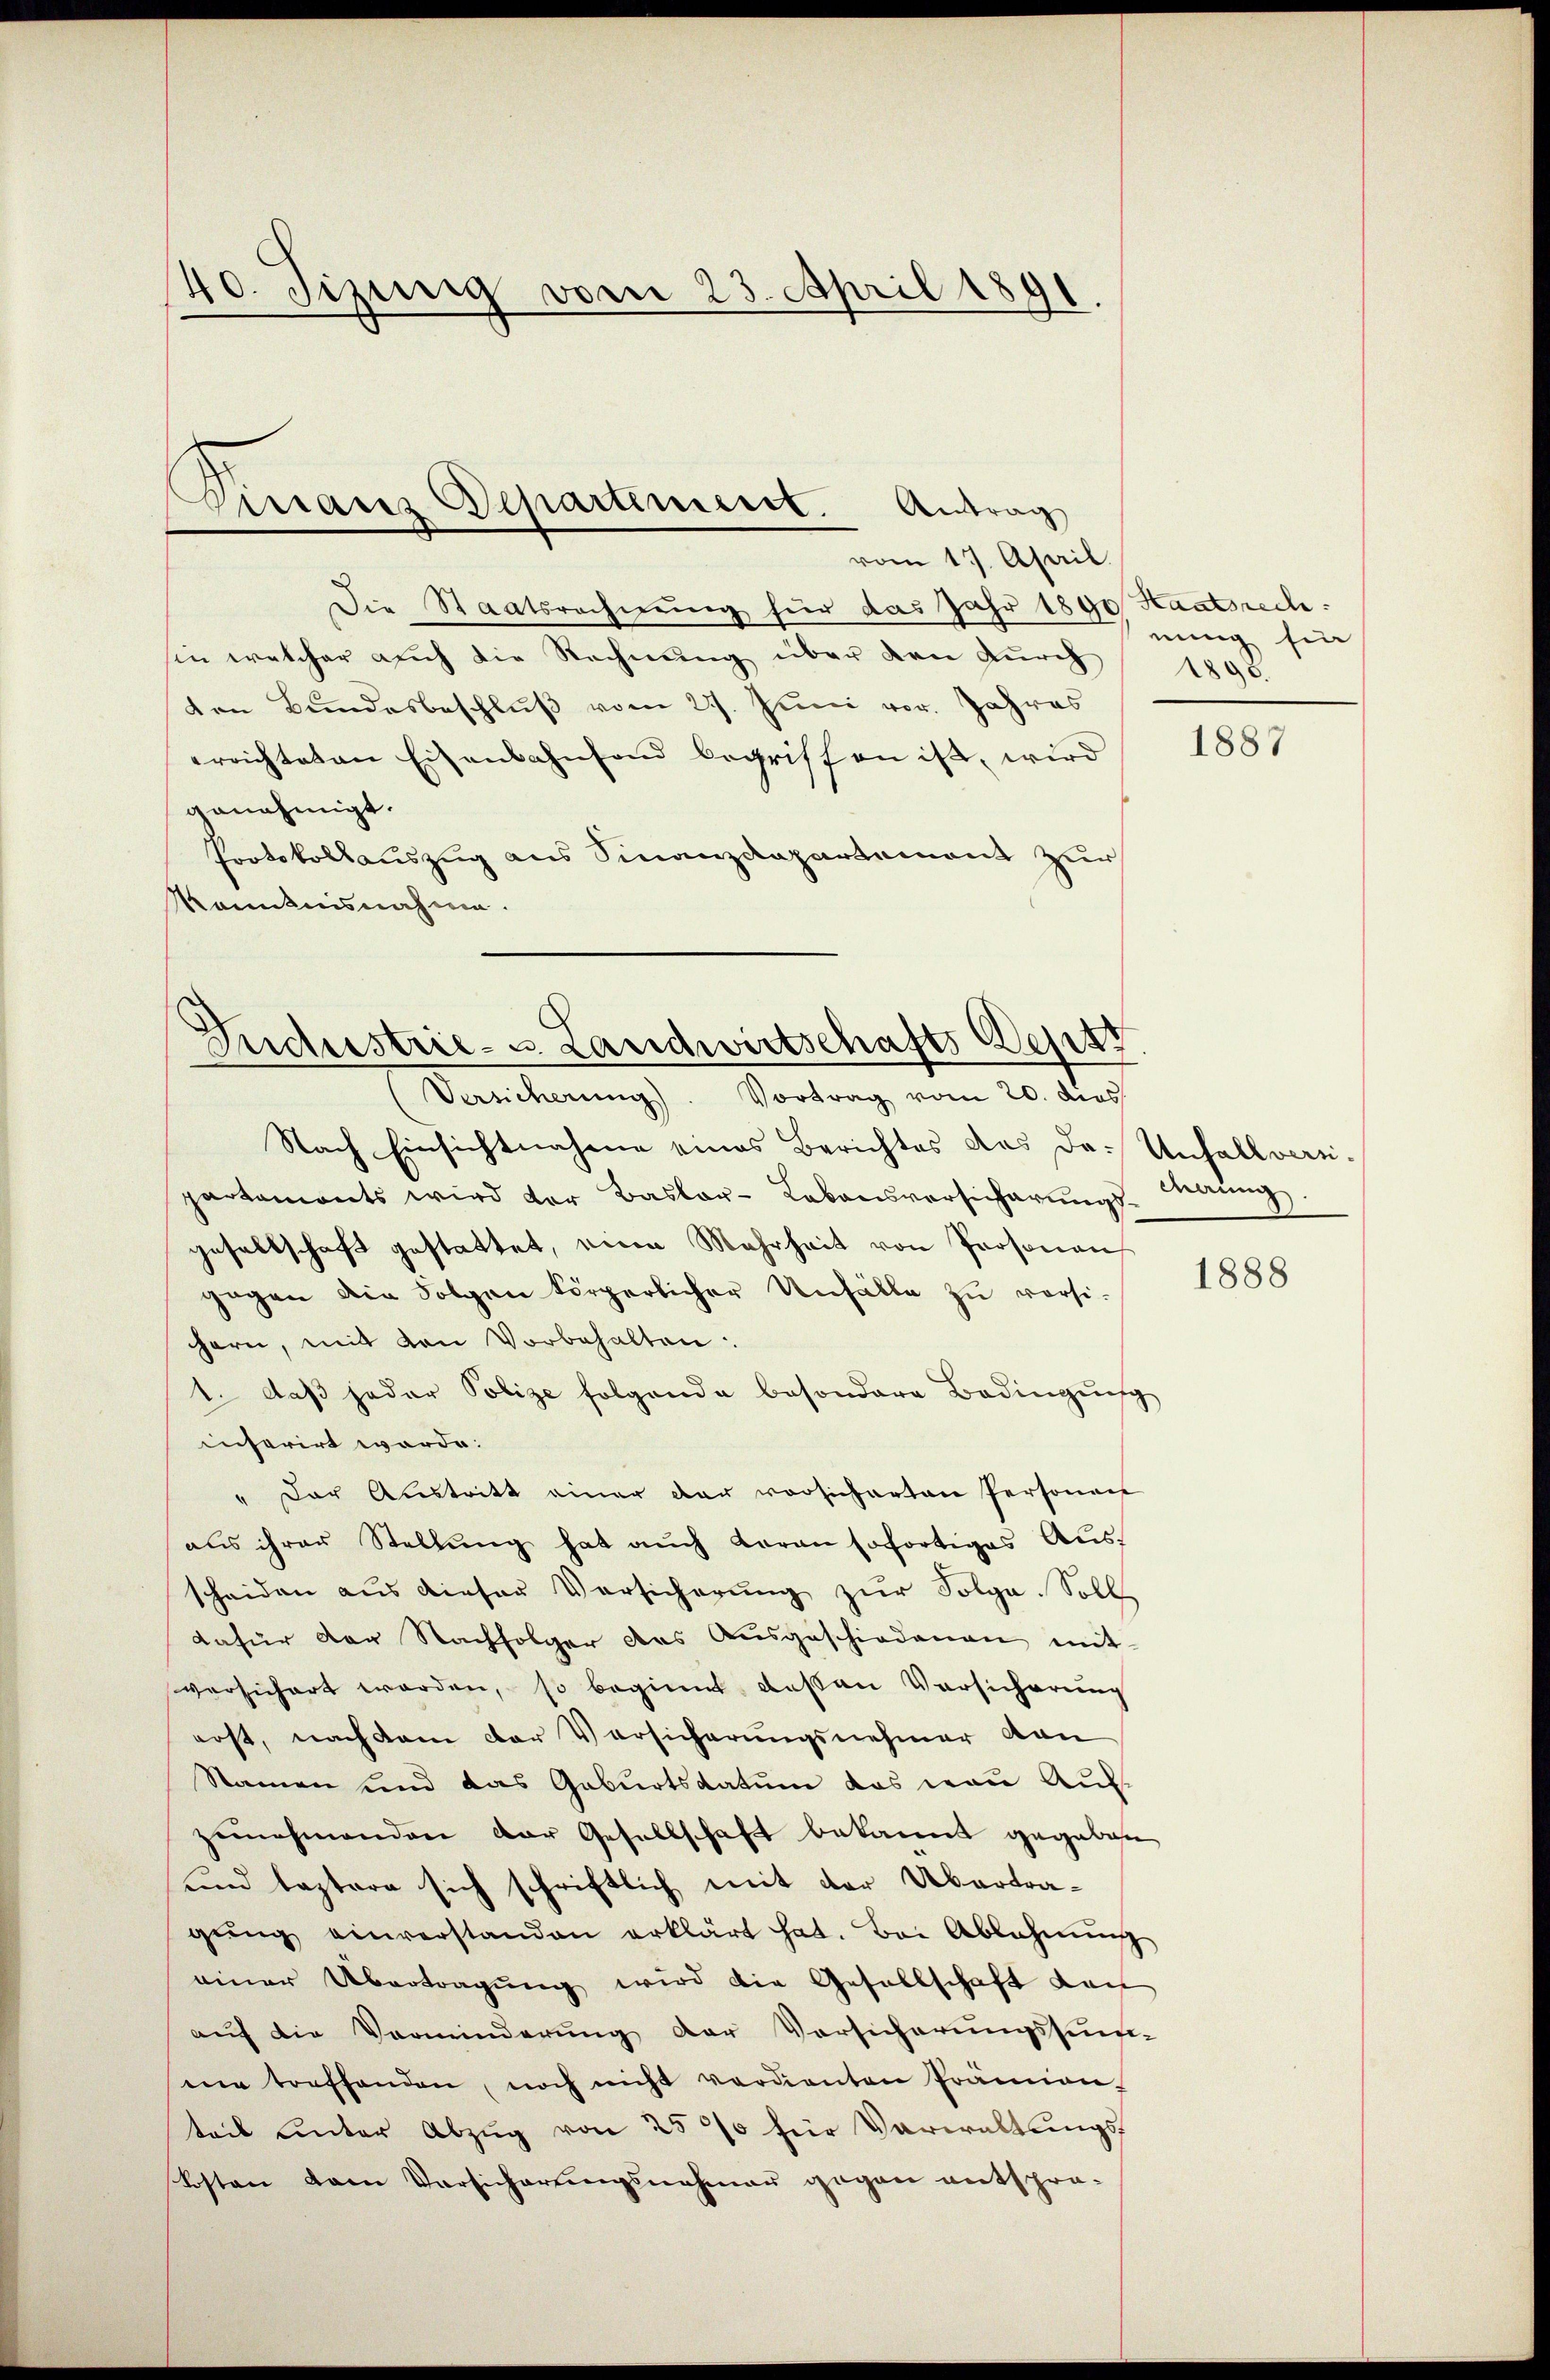
40. Jizung vom 23. April 1891

Die Staatsrechnung für das Jahr 1890 Staatsrech
sie welcher auch die Rechnung über den durch
den Bundesbeschluß vom 27. Juni vor. Jahres
errichteten Eisenbahnfand begriff an ist, wird
genehmigt.
Protokollauszug aus Finanzdepartement zur
Kenntnisnahme.

Finanz Departiment. Antrag
vom 17. April

Dudustrie- u. Landwirtschafts-Wests
Versicherŭng. Vortrag vom 20. dies

Nach Einsichtnahme eines Berichtes des da. Unfallverpartaments wird der Basler- Lebensversicherŭngs-Manng
gesellschaft gestattet, eine Mehrheit von Personen
gegen die Folgen körperlicher Unfälle zu versi-
hern, mit den Vorbehalten:
1. daβ jeder Polize folgende besondere Bedingŭng
inferirt worde:
" Der Aŭstritt einer der vorsicherten Persona
aus ihrer Stellŭng hat aŭch daran sofortiges Aŭs-
scheiden aus dieser Versicherŭng zŭr Folge. Soll
dafür der Nachfolger das Ausgeschiedenen mit
versichert worden, so beginnt dessen Versicherung
erst, nach dem der Versicherungsnehmer von
Namen und das Geburtsdatum das man Auf-
zunehmenden der Gesellschaft bekannt gegeben
und leztere sich schriftlich mit der Übertragŭng einverstanden erklärt hat. Bei Ablehnŭng
einer Übertragung wird die Gesellschaft den
auf die Verminderung der Vorsicherungssum-
ei toeffenden, noch nicht verdienten Prämon-
teil unter Abzug von 250 für Verwaltungskosten dem Vorsicherŭngsnahmen gegen entspro-

nung fin
1895.

1887

1888